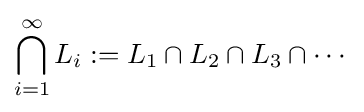
\bigcap _{i=1}^{\infty }L_{i}:=L_{1}\cap L_{2}\cap L_{3}\cap \cdots